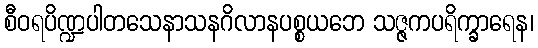
စီဝရပိဏ္ဍပါတသေနာသနဂိလာနပစ္စယဘေ သဇ္ဇကပရိက္ခာရေန၊